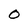
Character: O